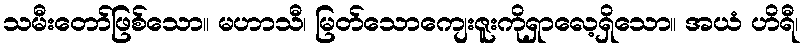
သမီးတော်ဖြစ်သော။ မဟာသီ၊ မြတ်သောကျေးဇူးကိုရှာလေ့ရှိသော။ အယံ ဟိရီ၊